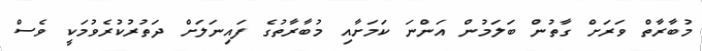
މުބާރާތް ވަރަށް ގާތުން ބަލަމުން އަންނަ ކަމަށާއި މުބާރާތުގެ ފައިނަލަށް ދަތުރުކުރެވުމަކީ ވެސް